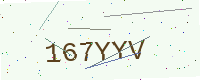
Text: 167YYV